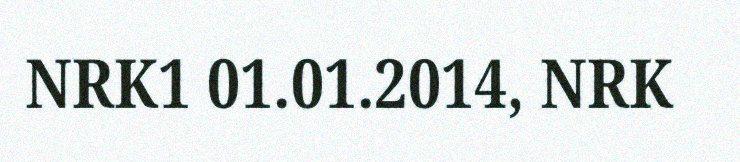
NRK1 01.01.2014, NRK